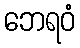
ဘေရဝံ